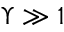
\Upsilon \gg 1